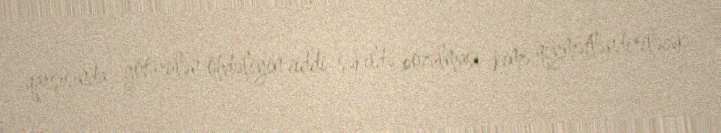
qarşısında götürülən öhdəliyin ciddi şəkildə pozulması kimi qiymətləndiriləcək